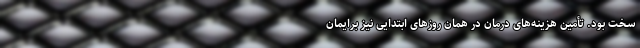
سخت بود. تأمین هزینه‌های درمان در همان روزهای ابتدایی نیز برایمان